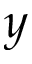
y